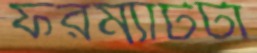
ফরম্যাটটা